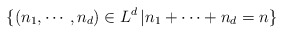
\begin{align*} \{(n_1, \cdots, n_d)\in L^d \,| n_1+\cdots + n_d=n\} \end{align*}